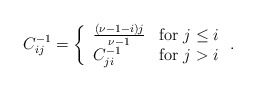
\begin{align*}C^{-1}_{ij}=\left\{ \begin{array}{ll} \frac{(\nu-1-i)j}{\nu-1}& {\rm for}\; j\leq i \\ C^{-1}_{ji} & {\rm for}\; j>i \end{array} \right. .\end{align*}